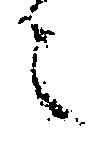
之